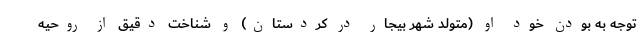
توجه به بودن خود او (متولد شهر بیجار در کردستان) و شناخت دقیق از روحیه